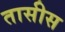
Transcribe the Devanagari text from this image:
तासीस